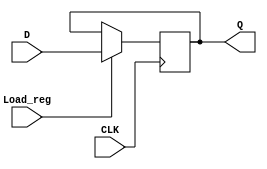
`timescale 1ns / 1ps

module REG(
        input CLK, Load_reg,
        input [31:0] D,
        output reg [31:0] Q
    );
    
    always@ (posedge CLK)
    begin
        if(Load_reg) Q <= D;
    end
endmodule